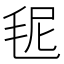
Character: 𣭙